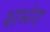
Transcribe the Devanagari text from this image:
सभंग